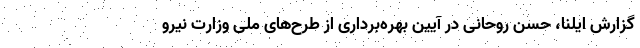
گزارش ایلنا، حسن روحانی در آیین بهره‌برداری از طرح‌های ملی وزارت نیرو